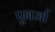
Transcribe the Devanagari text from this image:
पुनर्जा